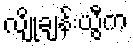
လျိုချန်းယွီက